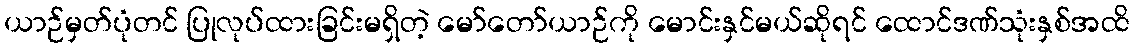
ယာဉ်မှတ်ပုံတင် ပြုလုပ်ထားခြင်းမရှိတဲ့ မော်တော်ယာဉ်ကို မောင်းနှင်မယ်ဆိုရင် ထောင်ဒဏ်သုံးနှစ်အထိ